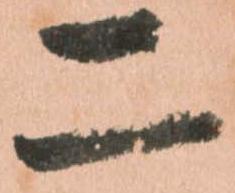
二